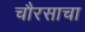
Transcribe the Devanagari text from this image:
चौरसाचा